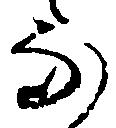
な